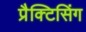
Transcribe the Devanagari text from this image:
प्रैक्टिसिंग